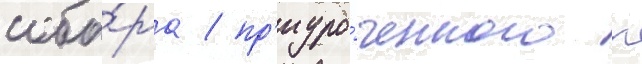
собо́ра / пр'иуро́ченного к